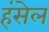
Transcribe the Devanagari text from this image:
हंसेल